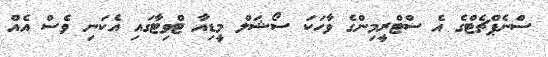
ސްނެޕްޗެޓްގެ އެ ސްޓްރީމިންގެ ވާހަކަ ސޯޝަލް މީޑިއާ ޓްވިޓާގައި އެކަނި ވެސް އެއް